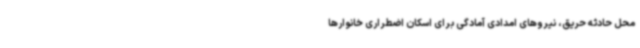
محل حادثه حریق، نیروهای امدادی آمادگی برای اسکان اضطراری خانوارها